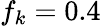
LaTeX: f_{k}=0.4